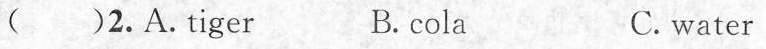
( )2.A.Tiger B. cola C.water